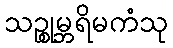
သဉ္စုမ္ဘရိမကံသု